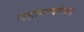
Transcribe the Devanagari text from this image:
लहानग्यांच्या